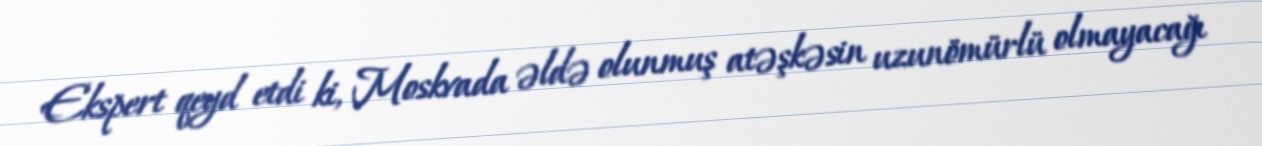
Ekspert qeyd etdi ki, Moskvada əldə olunmuş atəşkəsin uzunömürlü olmayacağı